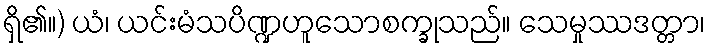
ရှိ၏။) ယံ၊ ယင်းမံသပိဏ္ဍဟူသောစက္ခုသည်။ သေမှုဿဒတ္တာ၊